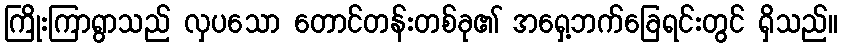
ကြိုးကြာရွာသည် လှပသော တောင်တန်းတစ်ခု၏ အရှေ့ဘက်ခြေရင်းတွင် ရှိသည်။